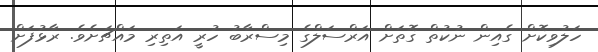
ހަލުވިކޮށް ގެއިން ނުކުތް ގޮތަށް އަރްސަލްގެ މިސްރާބު ހުރީ އަތިރި މައްޗަށެވެ. ރާޅުފަށް